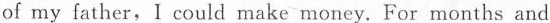
of my father, I could make money. For months and